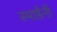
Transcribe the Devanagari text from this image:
स्पाडैनी